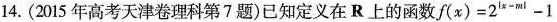
14.(2015年高考天津卷理科第7题)已知定义在R上的函数$$f ( x ) = 2 ^ { | x - m | } - 1$$